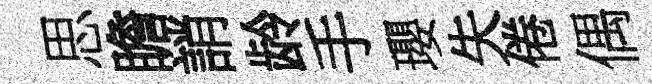
思瞻誚龄手瓔失倦偶